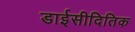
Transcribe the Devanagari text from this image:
डाईसीदितिक